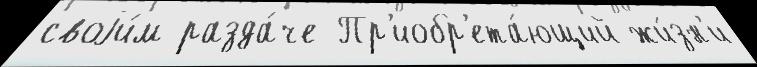
своjи́м разда́че Пр'иобр'ета́ющий жи́зн'и